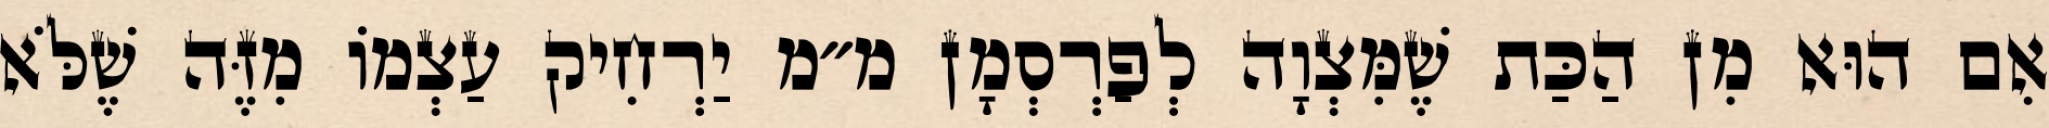
אִם הוּא מִן הַכַּת שֶׁמִּצְוָה לְפַרְסְמָן מ״מ יַרְחִיק עַצְמוֹ מִזֶּה שֶׁלֹּא